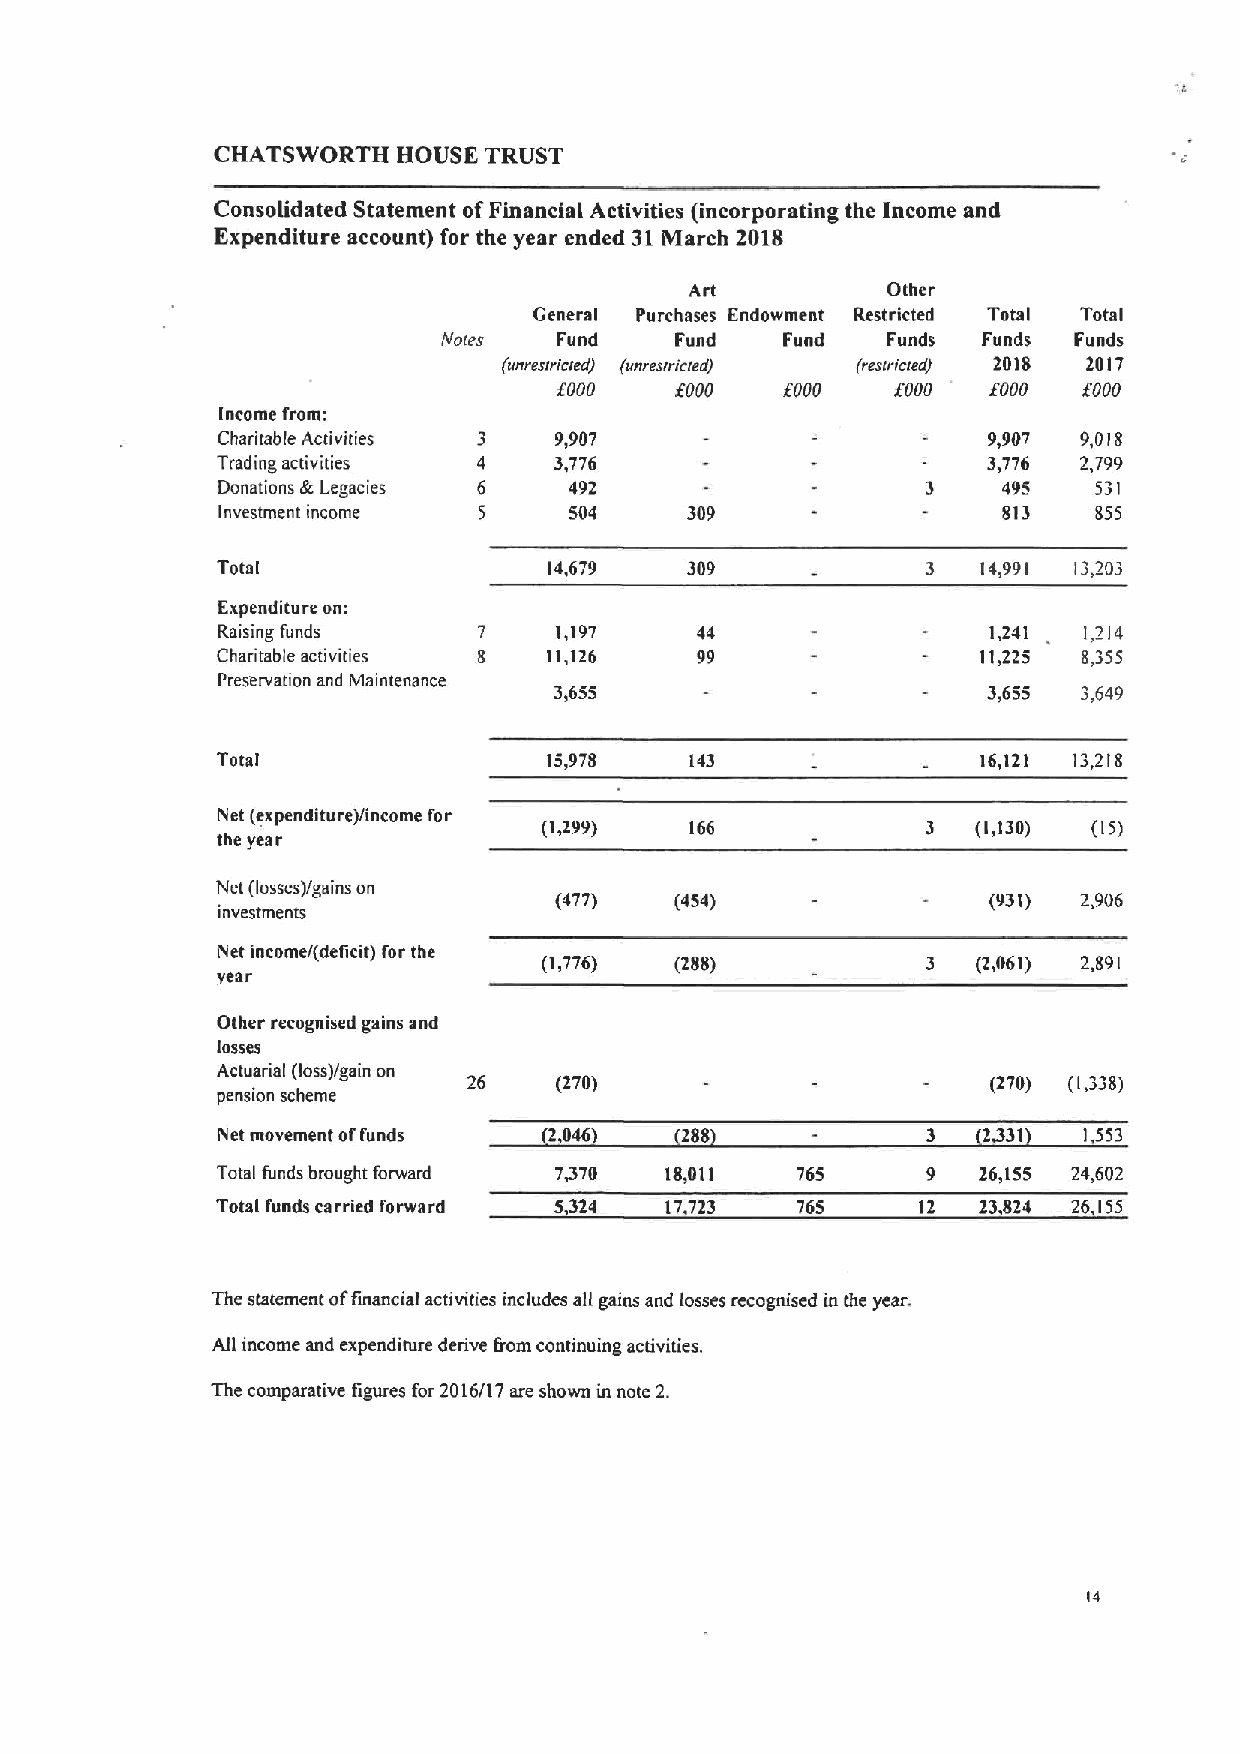
CHATSWORTH  HOUSE TRUST
 Consolidated Statement ofFinancial Activities (incorporating the Income and
 Expenditure account) for the year ended 31March 2018
 Art          Other
 General Purchases Endowment Restricted Total Total
 Notes   Fund    Fund   Fund   Funds Funds Funds
 (eeressricsedj (unrestricted/ (restricted) 2018 2017
 OOOO    OOOO          OOOO  fOOO   OOOO
 income from:
 Charitable Activities  9,907                       9,907  9,018
 Trading activities     3,776                       3)776  2,799
 Donations &legacies     492                    3    495   531
 Investment income       504    309                  813   855
 Total                 14,679   309             3   14,991 13,203
 Expenditure on:
 Raising funds     7    1,197    44                 1,241  1,2 I4
 Charitable activities 8 11,126  99                 11225  8355
 Preservation and Maintenance
 3,655                       3,655  3,649
 Total                 15,978    143                16,12I 13,218
 Net (expenditure)/income for
 (1499)    166            3   (1,130) (15)
 the year
 Net (losses)/gains on
 (477)   (454)               (931)  2,906
 investments
 Net income/(deficit) For the
 (1,776)  (288)           3   (2,061) 2,891
 year
 Other recognised gains and
 losses
 Actuarial (loss)/gain on
 (270)                        (270) (1,338)
 pension scheme
 Net movement offunds  2 046    288             3   2331   1,553
 Total funds brought forward 7470 18,011 765    9   26,155 24,602
 Total funds carried forward 5324 17,723 765    12  23,824 26.155
 The statement offinancial activities includes all gains and losses recognised in the year.
 All income and expenditure derive f'rom continuing activities.
 The comparative figures for 2016/17 are shown in note 2.
 14